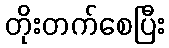
တိုးတက်စေပြီး